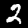
Digit: 2